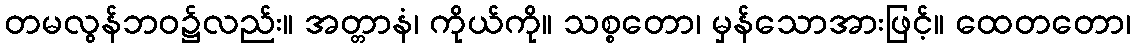
တမလွန်ဘဝ၌လည်း။ အတ္တာနံ၊ ကိုယ်ကို။ သစ္စတော၊ မှန်သောအားဖြင့်။ ထေတတော၊